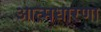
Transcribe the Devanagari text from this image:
आत्मधारणा